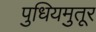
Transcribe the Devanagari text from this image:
पुधियमुतूर